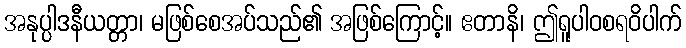
အနုပ္ပါဒနီယတ္တာ၊ မဖြစ်စေအပ်သည်၏ အဖြစ်ကြောင့်။ ဧတာနိ၊ ဤရူပါဝစရဝိပါက်